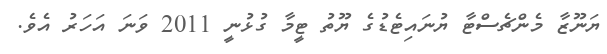
ޔަނޫޒާ މެންޗެސްޓާ ޔުނައިޓެޑުގެ ޔޫތު ޓީމާ ގުޅުނީ 2011 ވަނަ އަހަރު އެވެ.